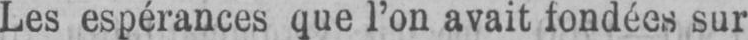
Les espérances que l’on avait fondées sur